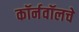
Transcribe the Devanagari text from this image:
कॉर्नवॉलचे